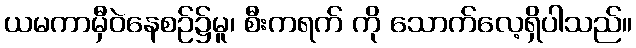
ယမကာမှီဝဲနေစဉ်၌မူ၊ စီးကရက် ကို သောက်လေ့ရှိပါသည်။